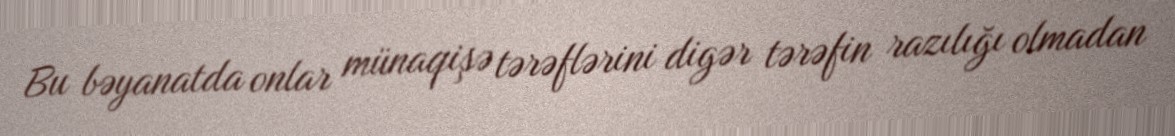
Bu bəyanatda onlar münaqişə tərəflərini digər tərəfin razılığı olmadan